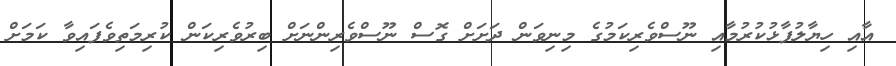
އާއި ހިޔާލުފާޅުކުރުމާއި ނޫސްވެރިކަމުގެ މިނިވަން ދަށަށް ގޮސް ނޫސްވެރިންނަށް ބިރުވެރިކަން ކުރިމަތިވެފައިވާ ކަމަށް